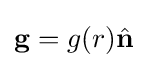
\mathbf {g} =g(r){\hat {\mathbf {n} }}